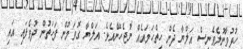
ހުޅުވާނުލެވެނީސް އަލްޔާ ދެން ހިތްހަމައެއް ނުޖެހޭނެއެވެ. އަލްޔާ ގޮވަމުން ފަހަތުން ދުވެފައި އައި